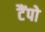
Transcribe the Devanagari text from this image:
टैंपो